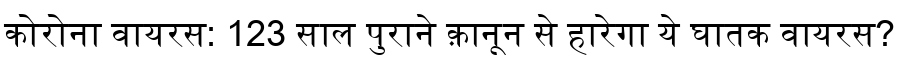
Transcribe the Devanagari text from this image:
कोरोना वायरस: 123 साल पुराने क़ानून से हारेगा ये घातक वायरस?